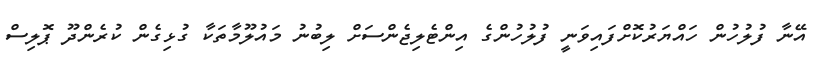
އޭނާ ފުލުހުން ހައްޔަރުކޮށްފައިވަނީ ފުލުހުންގެ އިންޓެލިޖެންސަށް ލިބުނު މައުލޫމާތަކާ ގުޅިގެން ކުރެންދޫ ޕޮލިސް